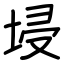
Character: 埐